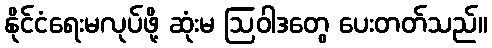
နိုင်ငံရေးမလုပ်ဖို့ ဆုံးမ ဩဝါဒတွေ ပေးတတ်သည်။